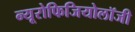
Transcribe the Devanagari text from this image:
न्यूरोफिजियोलॉजी